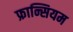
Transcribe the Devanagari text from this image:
फ्रान्सियम